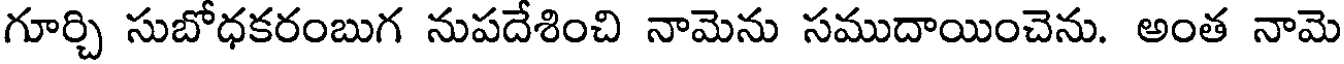
గూర్చి సుబోధకరంబుగ నుపదేశించి నామెను సముదాయించెను. అంత నామె